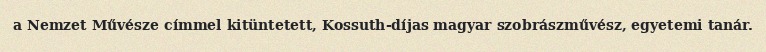
a Nemzet Művésze címmel kitüntetett, Kossuth-díjas magyar szobrászművész, egyetemi tanár.